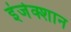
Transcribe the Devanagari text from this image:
इंजेक्शान